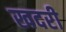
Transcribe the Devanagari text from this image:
खदरी